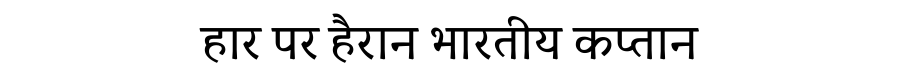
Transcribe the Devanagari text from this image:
हार पर हैरान भारतीय कप्तान